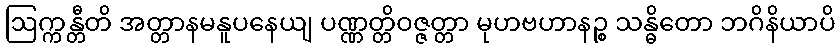
ဩက္ကန္တီတိ အတ္တာနမနူပနေယျ ပဏ္ဏတ္တိဝဇ္ဇတ္တာ မုဟဗဟာနဉ္စ သန္ဓိတော ဘဂိနိယာပိ